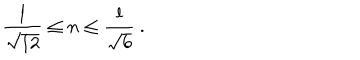
{ \frac { l } { \sqrt { 1 2 } } } \leq n \leq { \frac { l } { \sqrt { 6 } } } \ .